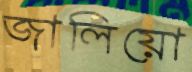
জালিয়ো